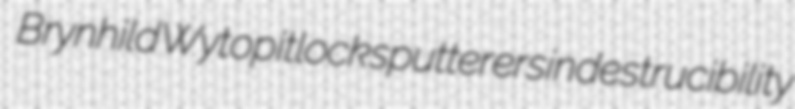
Brynhild Wytopitlock sputterers indestrucibility